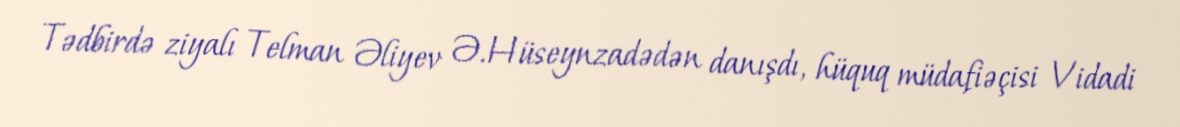
Tədbirdə ziyalı Telman Əliyev Ə.Hüseynzadədən danışdı, hüquq müdafiəçisi Vidadi